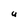
Character: U